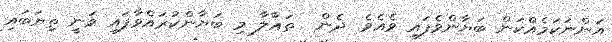
އަންނަކަމެއްކަން ބަޔާންވެފައި ވެއެވެ. ދެން  ތަޢާލާ މި ބަޔާންކުރައްވާފައި ވަނީ ތިޔަބައި